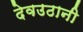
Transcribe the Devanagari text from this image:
देवउठानी